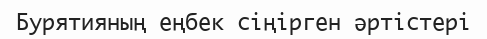
Бурятияның еңбек сіңірген әртістері